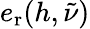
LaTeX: e_{\mathrm{r}}(h,\tilde{\nu})